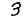
Digit: 3